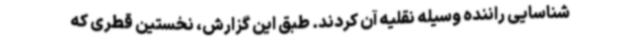
شناسایی راننده وسیله نقلیه آن کردند. طبق این گزارش، نخستین قطری که